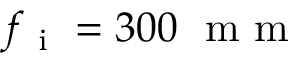
f _ { \mathrm { ~ i ~ } } = 3 0 0 ~ \mathrm { ~ m ~ m ~ }